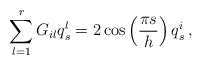
\begin{align*}\sum_{l=1}^{r}G_{il}q_{s}^{l}=2\cos\left(\frac{\pi s}{h}\right)q_{s}^{i}\,,\end{align*}